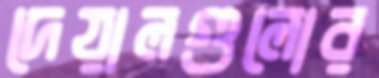
দেয়ালগুলোর